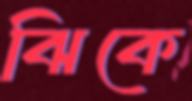
ঝিকে